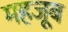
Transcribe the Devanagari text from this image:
महजूब